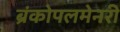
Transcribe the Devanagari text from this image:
ब्रंकोपलमेनरी